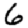
Digit: 6